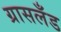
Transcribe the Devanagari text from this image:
ग्रासलँड